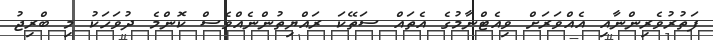
ފަތުރުވެރިންނާއި އެއްވަރަށް ވިއެޓްނާމުގެ އެތައް ސަތޭކަ ރައްޔިތުންނެއްވެސް ކޮންމެ ދުވަހަކު މި ބްރިޖު